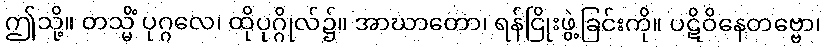
ဤသို့။ တသ္မိံ ပုဂ္ဂလေ၊ ထိုပုဂ္ဂိုလ်၌။ အာဃာတော၊ ရန်ငြိုးဖွဲ့ခြင်းကို။ ပဋိဝိနေတဗ္ဗော၊